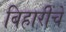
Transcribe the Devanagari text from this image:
बिहारींचे